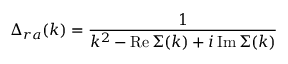
\Delta _ { r a } ( k ) = { \frac { 1 } { k ^ { 2 } - \mathrm { R e \, } \Sigma ( k ) + i \, \mathrm { I m \, } \Sigma ( k ) } }